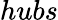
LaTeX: hubs